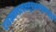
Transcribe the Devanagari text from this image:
दण्डकमण्डल्वक्षसुत्राभयाङ्कचतुर्भुजां